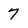
Character: 7